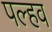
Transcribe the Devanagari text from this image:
पल्हव